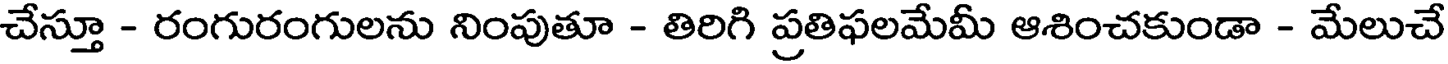
చేస్తూ - రంగురంగులను నింపుతూ - తిరిగి ప్రతిఫలమేమీ ఆశించకుండా - మేలుచే